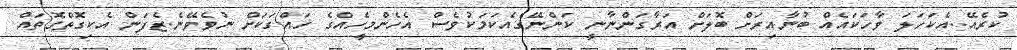
ކުރެއޭ..އެކަހަލަ ވާހަކައެއް ބުނާއިރަށް ބޮލަށް އަރާގަންނާނީ ކަންނޭގެއެކަމަކުވެސް އެހެންމީހެއްގެ ހައްގަކަށް ނުވެވޭނެ.ޒެފަން އެކިގޮތްގޮތައް